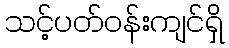
သင့်ပတ်ဝန်းကျင်ရှိ